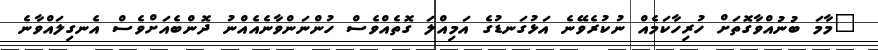
"މާމަ ބުނުއްވާގޮތަށް ހުރިހާކަމެއް ނުކުރެވޭނެ އަޅުގަނޑުގެ އަމިއްލަ ގޮތެއްވެސް ހުންނަންވާނެއެއްނު ދޮންބެއަށްވެސް އެނގިލައްވާނެ